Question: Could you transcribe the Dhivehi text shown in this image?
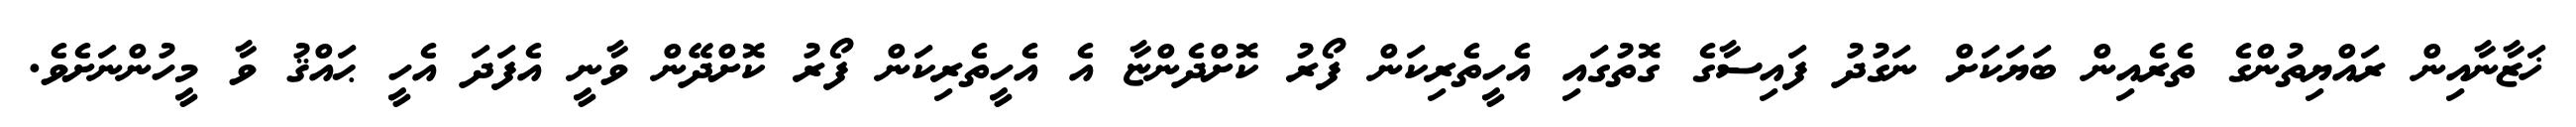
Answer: ޚަޒާނާއިން ރައްޔިތުންގެ ތެރެއިން ބަޔަކަށް ނަގުދު ފައިސާގެ ގޮތުގައި އެހީތެރިކަން ފޯރު ކޮށްދެންޏާ އެ އެހީތެރިކަން ފޯރު ކޮށްދޭން ވާނީ އެފަދަ އެހީ ޙައްޤު ވާ މީހުންނަށެވެ.